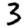
Digit: 3